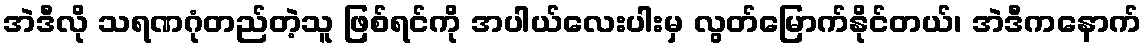
အဲဒီလို သရဏဂုံတည်တဲ့သူ ဖြစ်ရင်ကို အပါယ်လေးပါးမှ လွတ်မြောက်နိုင်တယ်၊ အဲဒီကနောက်